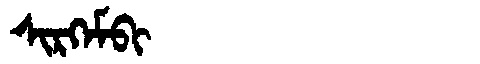
Manchu: ᠰᡳᡵᡴᡝᠮᠪᡳ
Romanization: SIRKEMBI